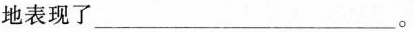
地表现了_________。